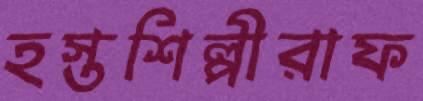
হস্তশিল্পীরাফ